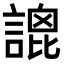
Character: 𧪫